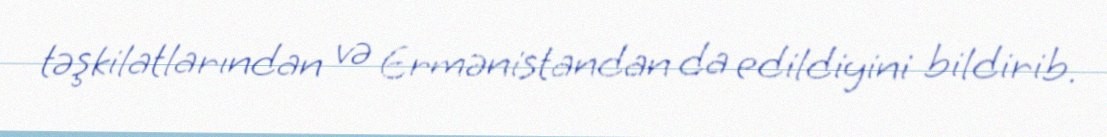
təşkilatlarından və Ermənistandan da edildiyini bildirib.